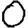
Digit: 0